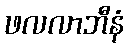
ဖလလာဘီနံ